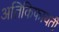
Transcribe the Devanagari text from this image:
अतिकिफायती